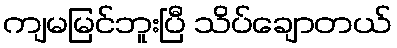
ကျမမြင်ဘူးပြီ သိပ်ချောတယ်